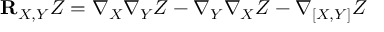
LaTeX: { \bf R } _ { X , Y } Z = \nabla _ { X } \nabla _ { Y } Z - \nabla _ { Y } \nabla _ { X } Z - \nabla { _ { [ X , Y ] } } Z